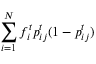
\sum _ { i = 1 } ^ { N } f _ { i } ^ { t } { p } _ { i j } ^ { t } ( 1 - { p } _ { i j } ^ { t } )